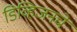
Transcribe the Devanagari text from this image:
डिव्हिजनचे